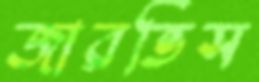
জারভিস